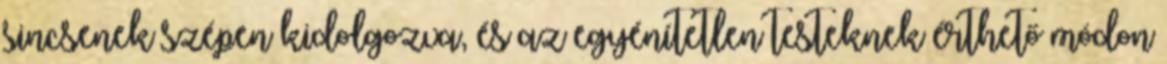
sincsenek szépen kidolgozva, és az egyénítetlen testeknek érthető módon